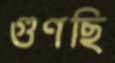
গুণছি